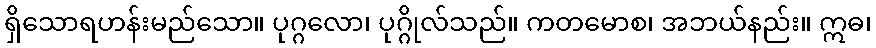
ရှိသောရဟန်းမည်သော။ ပုဂ္ဂလော၊ ပုဂ္ဂိုလ်သည်။ ကတမောစ၊ အဘယ်နည်း။ ဣဓ၊